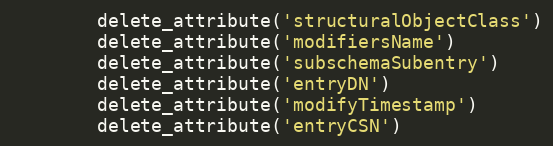
Language: Python
        delete_attribute('structuralObjectClass')
        delete_attribute('modifiersName')
        delete_attribute('subschemaSubentry')
        delete_attribute('entryDN')
        delete_attribute('modifyTimestamp')
        delete_attribute('entryCSN')